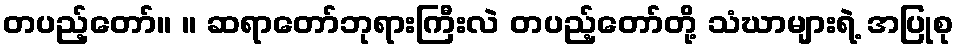
တပည့်တော်။ ။ ဆရာတော်ဘုရားကြီးလဲ တပည့်တော်တို့ သံဃာများရဲ့ အပြုစု